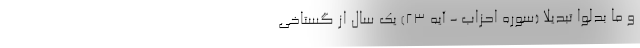
وَ مَا بَدَّلُوا تَبْدِیلًا (سوره احزاب - آیه ۲۳) یک سال از گستاخی